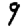
Digit: 9